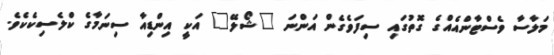
މަލާސާ ވެސްޓާންއެއްގެ ގޮތުގައި ސިފަވެގެން އަންނަ "ޝޯލޭ" އަކީ އިންޑިއާ ސިނަމާގެ ކްލެސިކެކެވެ.